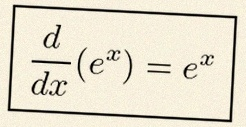
\frac{d}{dx}(e^x)=e^x